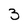
Character: 3